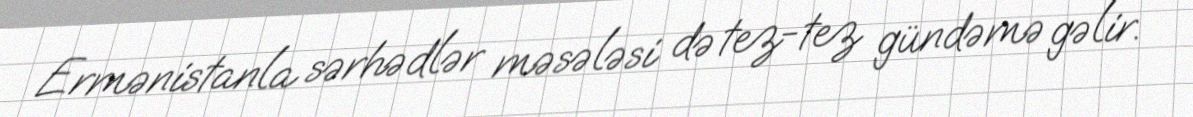
Ermənistanla sərhədlər məsələsi də tez-tez gündəmə gəlir.